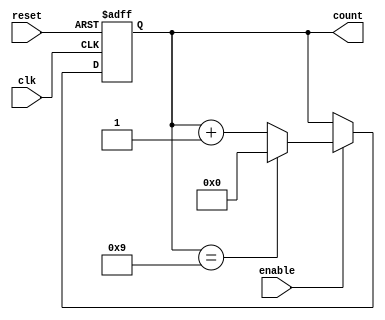
module decade_counter (
    input wire clk,         // Clock input
    input wire reset,       // Asynchronous reset input
    input wire enable,      // Enable signal
    output reg [3:0] count  // 4-bit output representing the counter value
);

    // Always block for the counter logic
    always @(posedge clk or posedge reset) begin
        if (reset) begin
            count <= 4'b0000; // Reset the counter to 0
        end else if (enable) begin
            if (count == 4'b1001) begin
                count <= 4'b0000; // Reset to 0 on reaching 9
            end else begin
                count <= count + 1; // Increment the counter
            end
        end
    end

endmodule